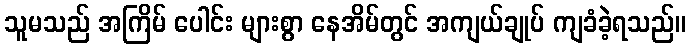
သူမသည် အကြိမ် ပေါင်း များစွာ နေအိမ်တွင် အကျယ်ချုပ် ကျခံခဲ့ရသည်။